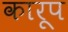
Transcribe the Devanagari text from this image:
कारूप